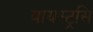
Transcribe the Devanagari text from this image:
वायस्ट्रसि